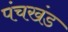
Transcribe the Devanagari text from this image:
पंचखंड